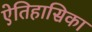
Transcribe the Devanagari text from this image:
ऐतिहासिका